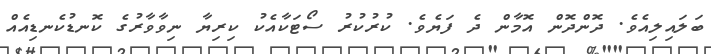
ބަލައިލިއެވެ. ދޮންދޮން އޮމާން ދެ ފަޔެވެ. ކުރުކުރު ސޯޓަކާއެކު ކިރިޔާ ނިވާވާރުގެ ކޮނޑުކެނޑިއެއް